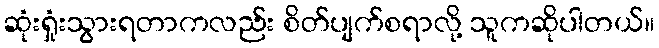
ဆုံးရှုံးသွားရတာကလည်း စိတ်ပျက်စရာလို့ သူကဆိုပါတယ်။